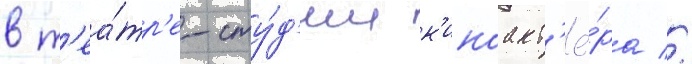
в т'еа́тр'е-сту́д'ии к'иноакт'ё́ра //